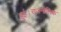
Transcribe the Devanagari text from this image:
हुई।राजनीतिक